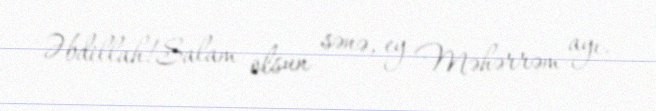
Əbdillah!Salam olsun sənə, ey Məhərrəm ayı.